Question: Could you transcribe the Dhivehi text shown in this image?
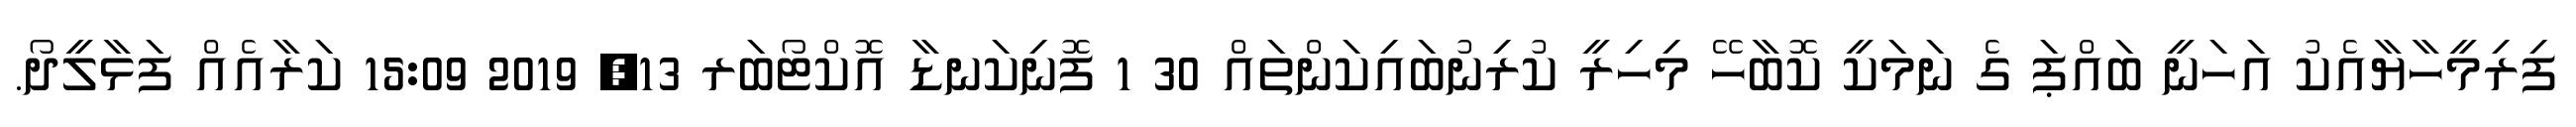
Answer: ފިރިމީހާޔާއެކު އަހަނީ ބައްޕަ ގެ ނަމަކީ ކޮބާހޭ މިހިރީ ކުރިނުބައިކަންތައް 30 1 ފޮނިކަނޑާ އޮކްޓޯބަރ 13, 2019 15:09 ކަރާއެއް ފަޅާލީދޯ.